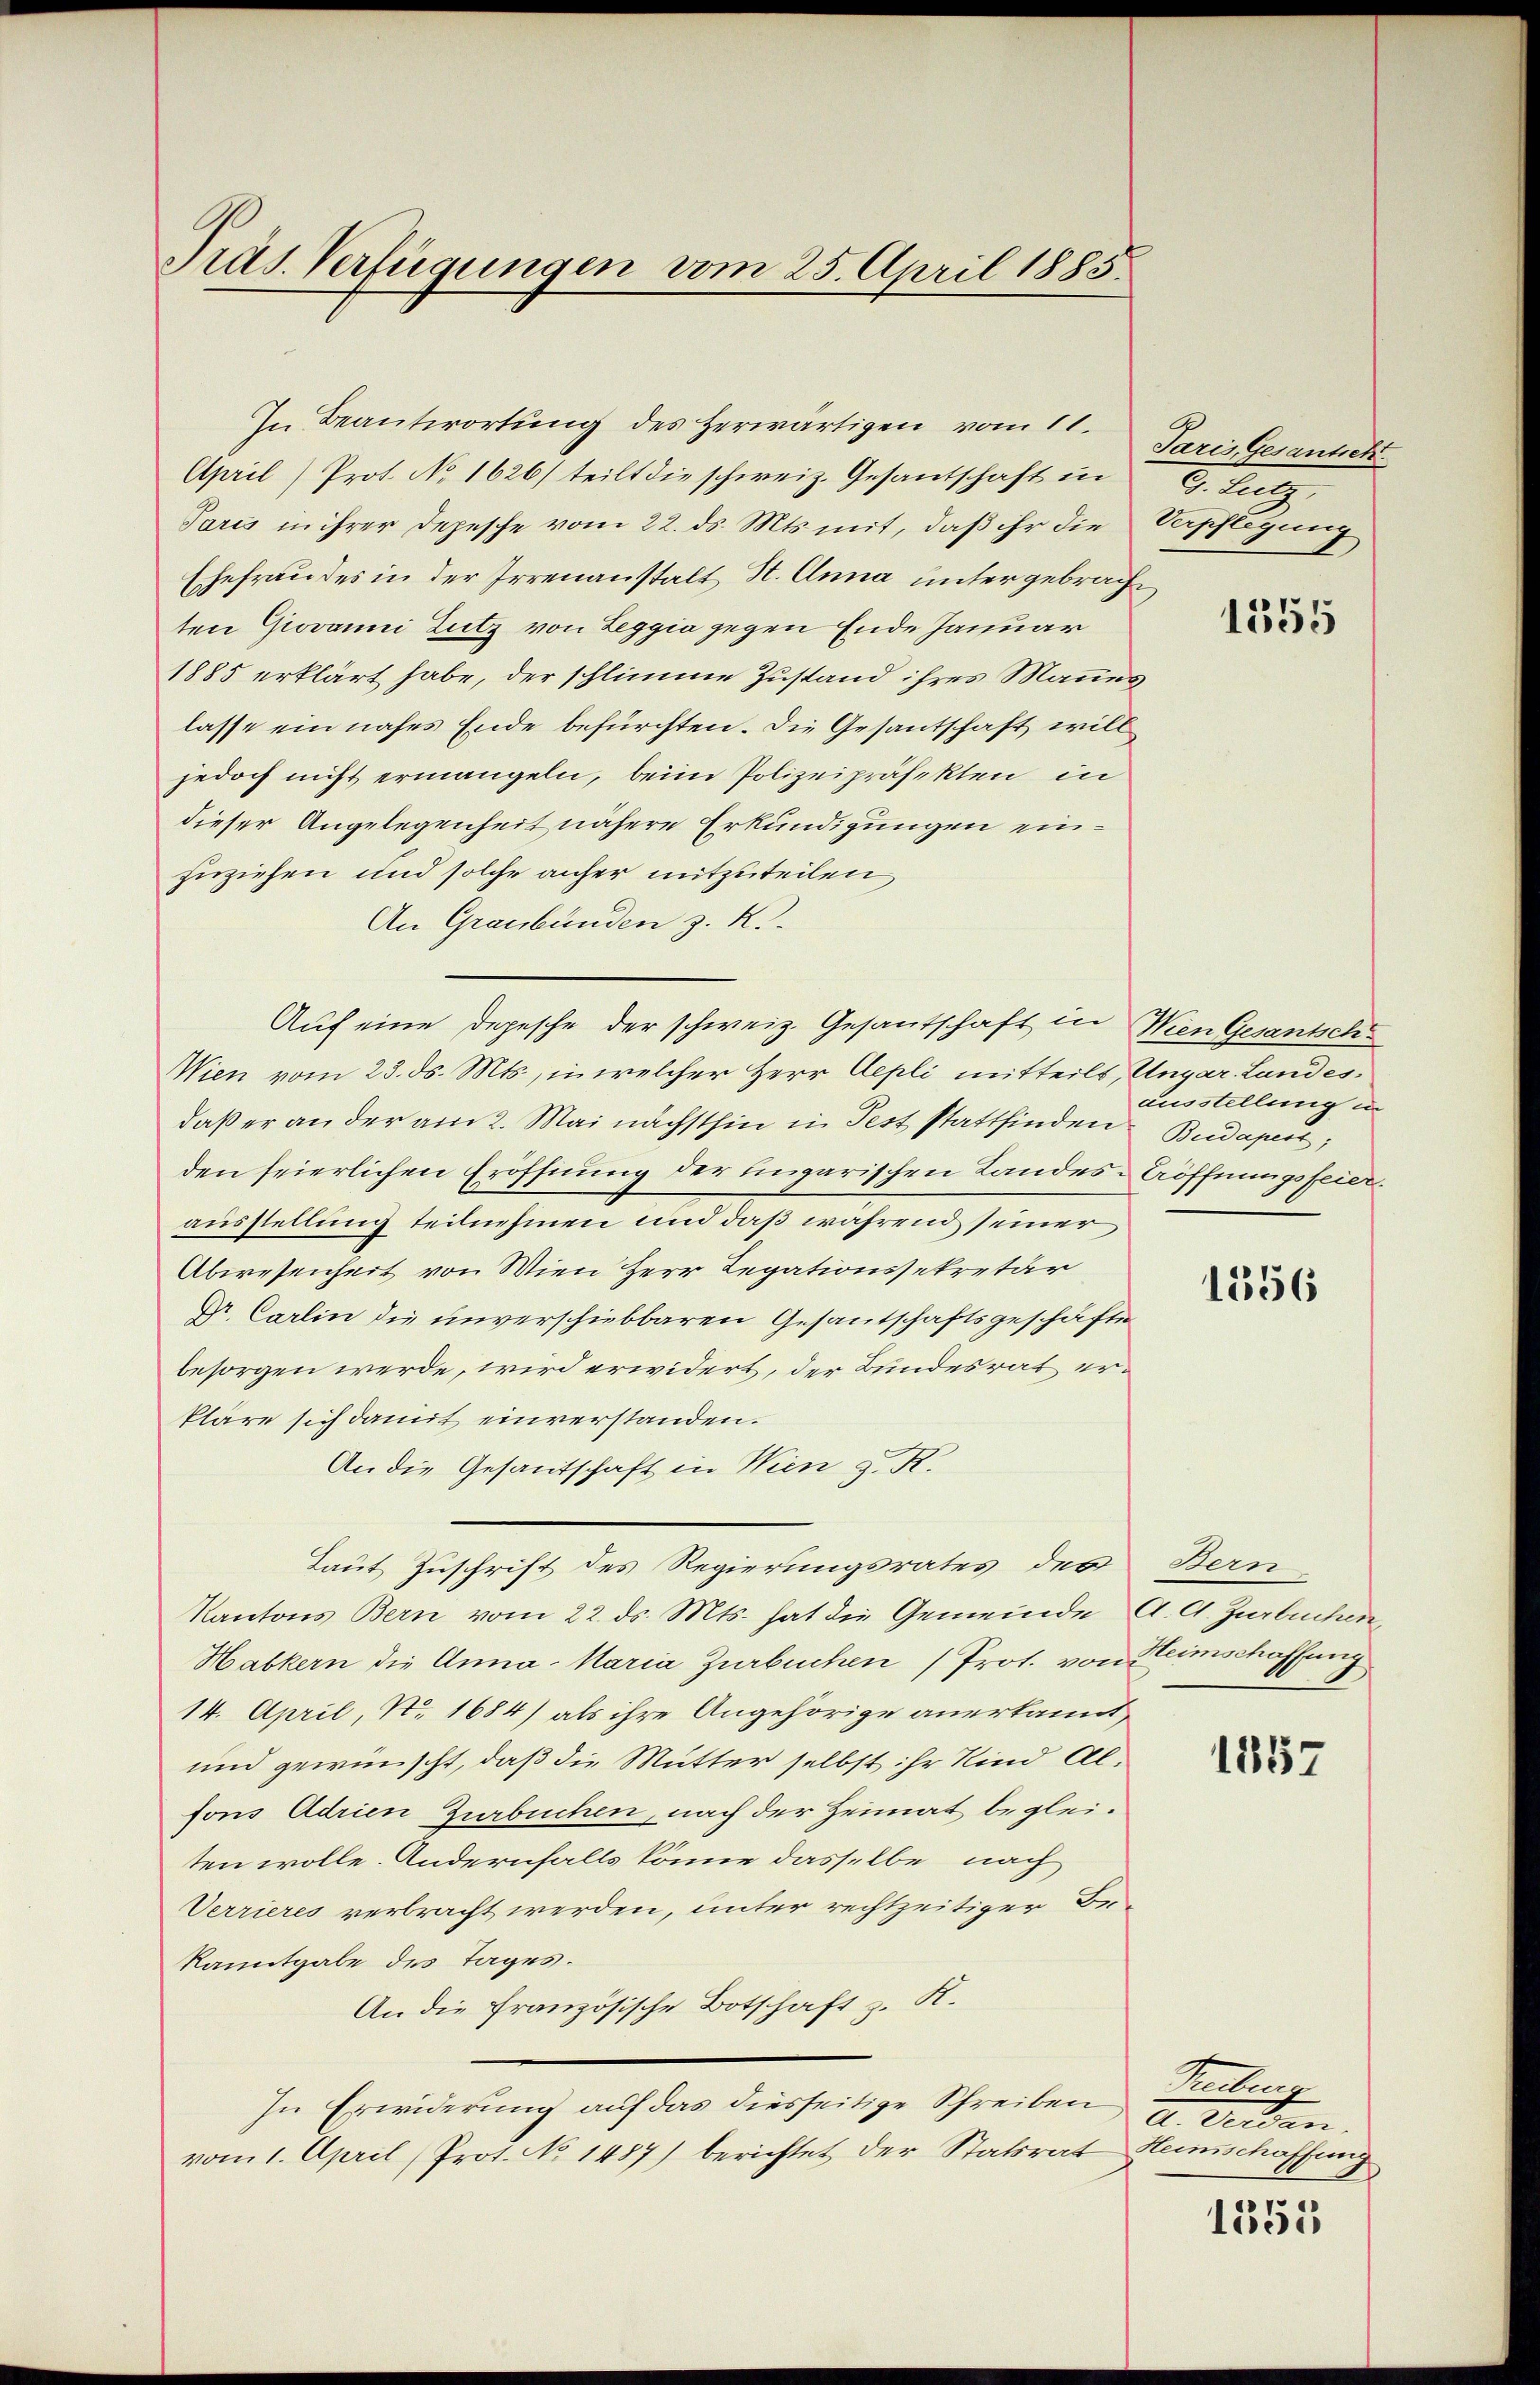
Präs. Verfügungen vom 25. April 1885.

April) Prot. No 1626) teilt die schweiz. Gesantschaft in
Paris in ihrer Depesche vom 22. ds. Mts. mit, daß ihr die Verpflegung
Ehefrau des in der Irrenanstalt St. Anna untergebracht
ten Giovanni Zutz von Leggia gegen Ende Januar
1885 erklärt habe, der schlimme Zustand ihres Mannes
lasse ein nahes Ende befürchten. Die Gesantschaft will
jedoch nicht ermangeln, beim Polizeipräsekten in
dieser Angelegenheit nähere Erkundigungen einzuziehen und solche anher mitzuteilen
An Graubünden z. K.
Wien vom 23. ds. Mts., in welcher Herr Aepli mitteils, Ungar. Landesdaß er an der am 2. Mai nächsthin in Pest stattfinden Budapest,
den feierlichen Eröffnung der ungarischen Landes-Eröffnungsfeier.
ausstellung teilnehmen und daß während seiner
Abwesenheit von Wien Herr Legationssekretär
Dr. Carlin die unverschiebbaren Gesantschaftsgeschäfte
besorgen werde, wird erwidert, der Bundesrat erkläre sich damit einverstanden.
An die Gesantschaft in Wien z. St.
Laut Zuschrift des Regierungsrates der
Kantons Bern vom 22. ds. Mts. hat die Gemeinde A. G. Zurbuchen
Habkern die Anna Maria Zurbuchen (Prot. von Heimschaffung
14. April, No. 1684) als ihre Angehörige anerkannt
und gewünscht, daß die Mutter selbst ihr Kind Alfons Adrien Zurbuchen, nach der Heimat begleiten wolle. Andernfalls könne dasselbe nach
Verrieres verbracht werden, unter rechtzeitiger Be-
kanntgabe des Tages.
An die französische Botschaft z. K.
In Erwiderung auf das diesseitige Schreiben a. Verdanvom 1. April (Prot. No 1487) berichtet der Statsrat Heimschaffung

In Beantwortŭng des herwärtigen vom 11. Paris Gesantich

Auf eine Depesche der schweiz. Gesantschaft in Wien Gesantsch

G. Satz.

1
1535

ausstellung in

1556

Bern

1857

Meter

1355